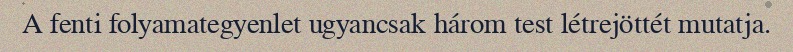
A fenti folyamategyenlet ugyancsak három test létrejöttét mutatja.